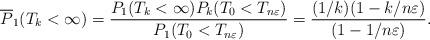
LaTeX: \begin{align*}\overline P_1(T_k<\infty) = \frac{P_1(T_k<\infty)P_k(T_0<T_{n\varepsilon})}{P_1(T_0<T_{n \varepsilon})} =\frac{(1/k)(1-k/n\varepsilon)}{(1-1/n\varepsilon)}. \end{align*}